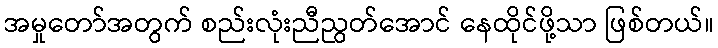
အမှုတော်အတွက် စည်းလုံးညီညွတ်အောင် နေထိုင်ဖို့သာ ဖြစ်တယ်။